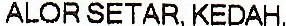
ALOR SETAR, KEDAH.